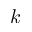
k